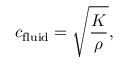
c _ { \mathrm { f l u i d } } = { \sqrt { \frac { K } { \rho } } } ,